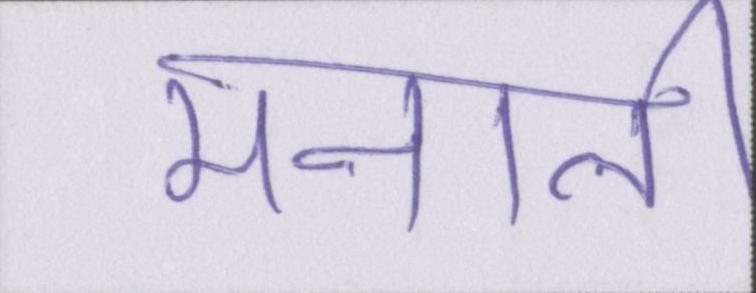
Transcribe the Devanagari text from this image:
मनाली